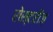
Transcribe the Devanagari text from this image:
रोस्टरीज़